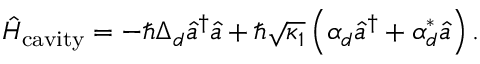
\hat { H } _ { \mathrm { c a v i t y } } = - \hbar \Delta _ { d } \hat { a } ^ { \dagger } \hat { a } + \hbar \sqrt { \kappa _ { 1 } } \left( \alpha _ { d } \hat { a } ^ { \dagger } + \alpha _ { d } ^ { * } \hat { a } \right) .